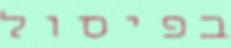
בפיסול